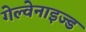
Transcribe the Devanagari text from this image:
गेल्वेनाइज्ड